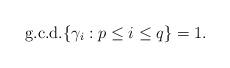
LaTeX: \begin{align*}\mathrm{g.c.d.}\{ \gamma_i : p\le i\le q\} =1. \end{align*}